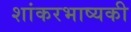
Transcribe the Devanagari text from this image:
शांकरभाष्यकी